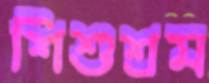
শিশুশ্রম